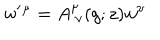
{ \sf w } ^ { \prime } { } ^ { \mu } = A _ { ~ \nu } ^ { \mu } ( g ; z ) { \sf w } ^ { \nu }